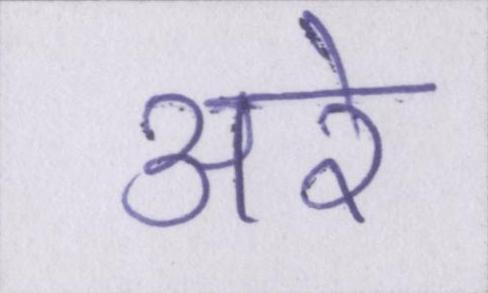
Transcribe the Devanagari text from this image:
अरे